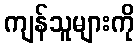
ကျန်သူများကို